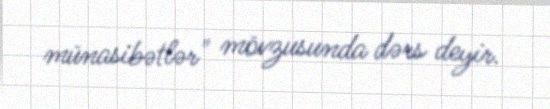
münasibətlər" mövzusunda dərs deyir.